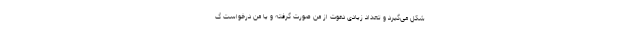
شکل می‌گیرد و تعداد زیادی دعوت از من صورت گرفته و یا من درخواست گ